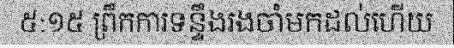
៥:១៥ ព្រឹកការទន្ទឹងរងចាំមកដល់ហើយ